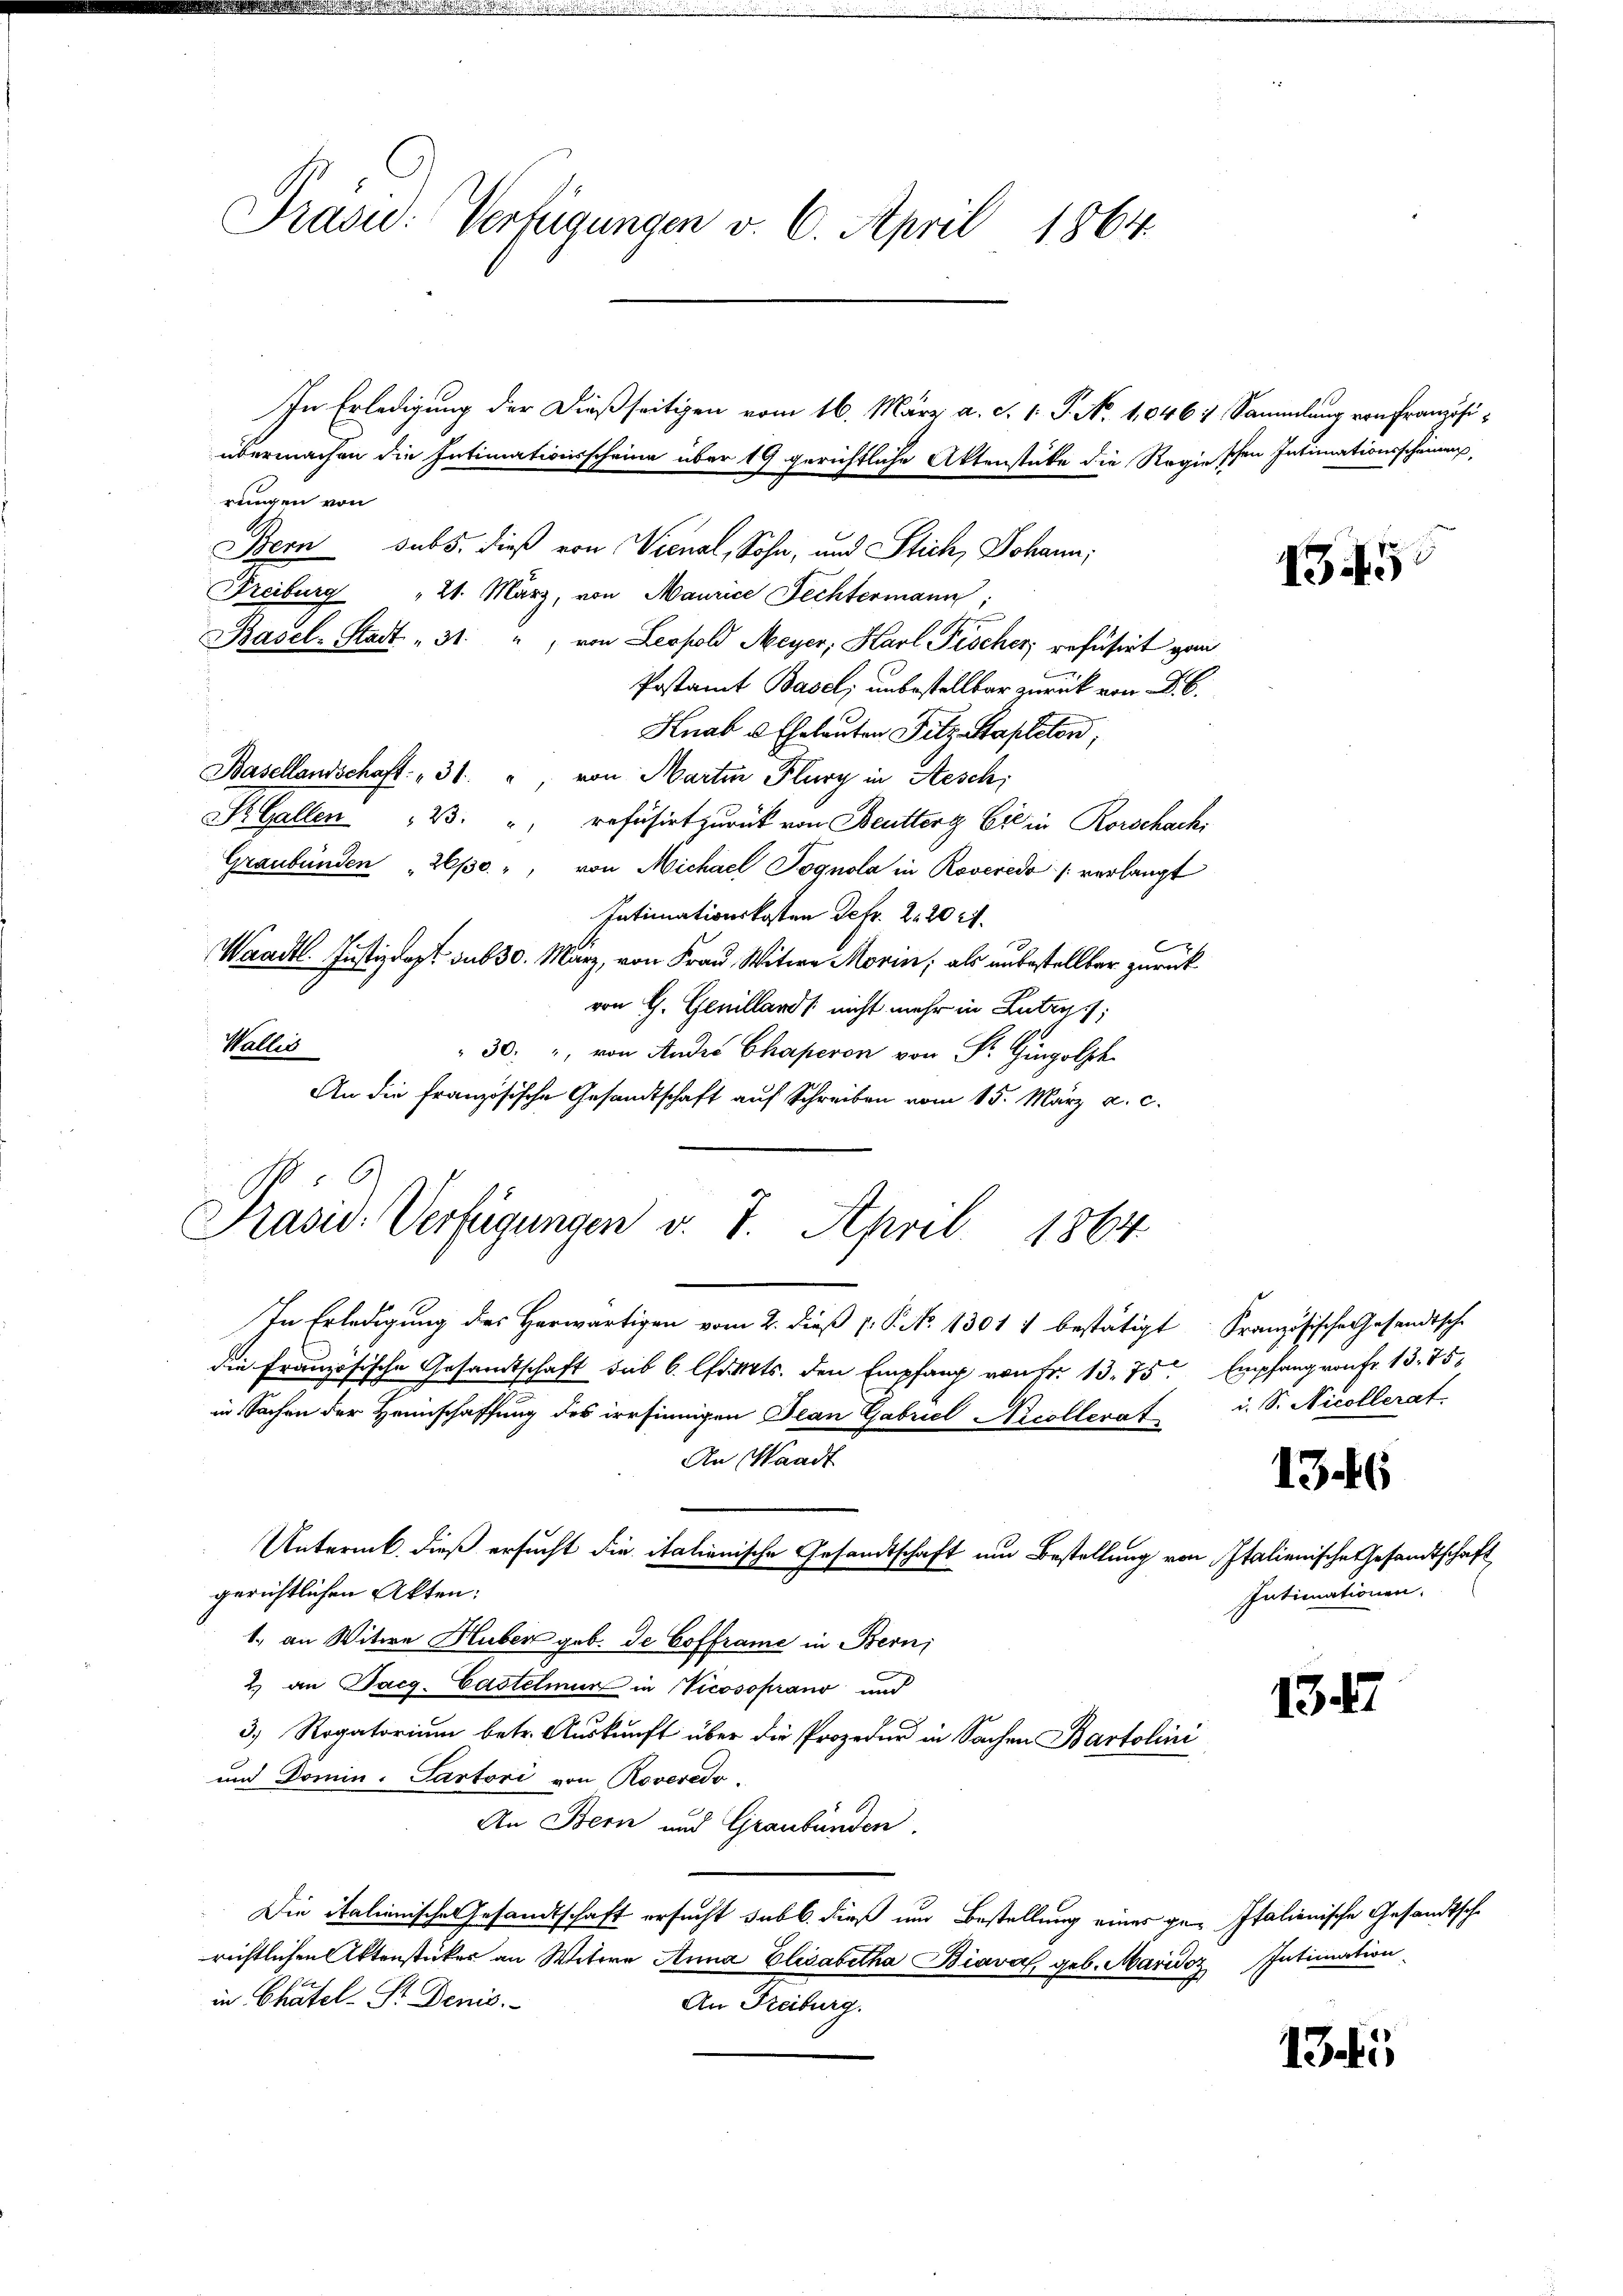
übermachen die Intimationsscheine über 19 gerichtliche Aktenstücke die Regieschen Intimationsscheinung,
rungen von
Bern subs, dieß von Vernal, Sohn, und Stich, Johann,
Freiburg
21. März, von Maurice Fechtermann;
Basel-Stadt " 31. " von Leopold Meyer, Karl Fischer refüsiert vom
Postamt Basel; unbestellbar zurück von d. 6.
Knab u. Eheleuten Filz Stapleton,
Basellandschaft: " 31. " von Martin Flury in Aesch
St. Gallen 3. " refüsirt zurück von Beutter Eid in Rorschachi
Graubünden 26/30 " von Michael Pognola in Roveredo /: verlangt
Intimationskosten Defr. 2. 202.
Waadt Justizdapt sub 30. März, von Frau Witwe Morin; als unbestellbar zurückvon G. Genilland nicht mehr in Lutry,
Wallis
30 " von Anders Chaperon von Sr. Gingolph
An die französische Gesandtschaft auf Schreiben vom 15. März a. c.
In Erledigung des Herwärtigen vom 2. dieß p. P. No. 1301 1 bestätigt Französische Gesandtsche
die französische Gesandtschaft sub 6. l. Mts. den Empfang von Fr. 13. 75. Empfang von Fr. 13. 75
in Sachen der Heimschaffung des irrsinnigen Jean Gabriel Nicollerat i. S. Nicollerat.
An Waadt
Unterme, dieß ersucht die italienische Gesandtschaft um Bestellung von Italienische Gesandtschaft
gerichtlichen Akten:
1. an Witwe Huber geb. de Cofframe in Bern;
2. an Sacg. Castelmur in Vicosoprano und
3; Rogatorium betr. Auskunft über die Prozedur in Sachen Bartolini
und Domin. Partori von Roveredo,
An Bern und Graubünden.
Die italienisches Gesandtschaft ersucht sabb. dieß und Bestellung eines ge- Italienische Gesandtsche
richtlichen Aktenstücker an Witwe Anna Elisabetha Biava geb. Maridoz Intimation
in Chätel- Sr. Denis
An Freiburg.

Präsie: Verfügungen v. 6. April 1864.

Präsid. Verfügungen v. 7. April 1864.

In Erledigung der dießseitigen vom 16. März a. c. 1. J. No. 10461 Sammlung von Französi¬

1346
Intimationen.

1345

1347

135